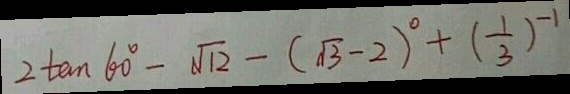
2 \tan 6 0 ^ { \circ } - \sqrt { 1 2 } - ( \sqrt { 3 } - 2 ) ^ { 0 } + ( \frac { 1 } { 3 } ) ^ { - 1 }